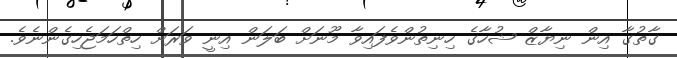
ގާތުގާ އިން ނިޔާޒް ޝުހާގެ ހިނިތުންވެފައިވާ މޫނަށް ބަލަން އިނީ ވަރަށް ހިތްހަމަޖެހިގެންނެވެ.